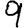
Digit: 9